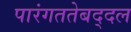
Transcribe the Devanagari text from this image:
पारंगततेबद्दल